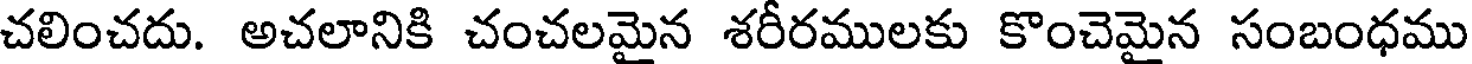
చలించదు. అచలానికి చంచలమైన శరీరములకు కొంచెమైన సంబంధము